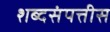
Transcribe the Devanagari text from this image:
शब्दसंपत्तीस